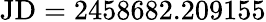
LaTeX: \mathrm{JD=2458682.209155}